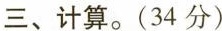
三、计算。(34分)